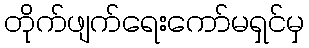
တိုက်ဖျက်ရေးကော်မရှင်မှ